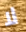
لا